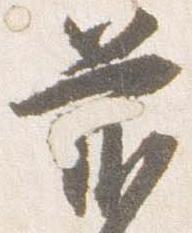
前